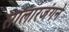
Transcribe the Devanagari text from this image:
सालारजंगने